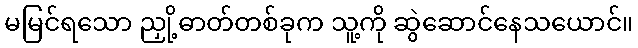
မမြင်ရသော ညှို့ဓာတ်တစ်ခုက သူ့ကို ဆွဲဆောင်နေသယောင်။